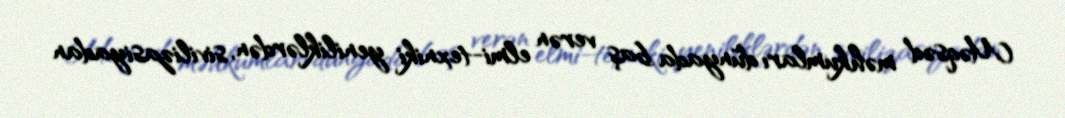
Məqsəd məhkumları dünyada baş verən elmi-texniki yeniliklərdən, sivilizasiyadan